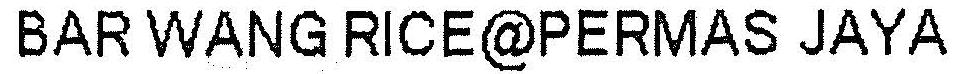
BAR WANG RICE@PERMAS JAYA